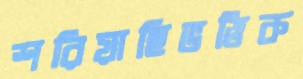
শরিয়াহিভত্তিক